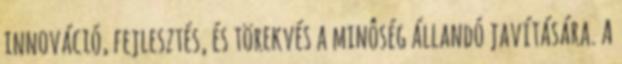
innováció, fejlesztés, és törekvés a minôség állandó javítására. A